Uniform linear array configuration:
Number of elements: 4
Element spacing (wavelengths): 0.75
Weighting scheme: exponential
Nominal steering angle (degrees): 30
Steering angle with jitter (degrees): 30.305
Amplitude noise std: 0.05
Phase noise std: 0.05

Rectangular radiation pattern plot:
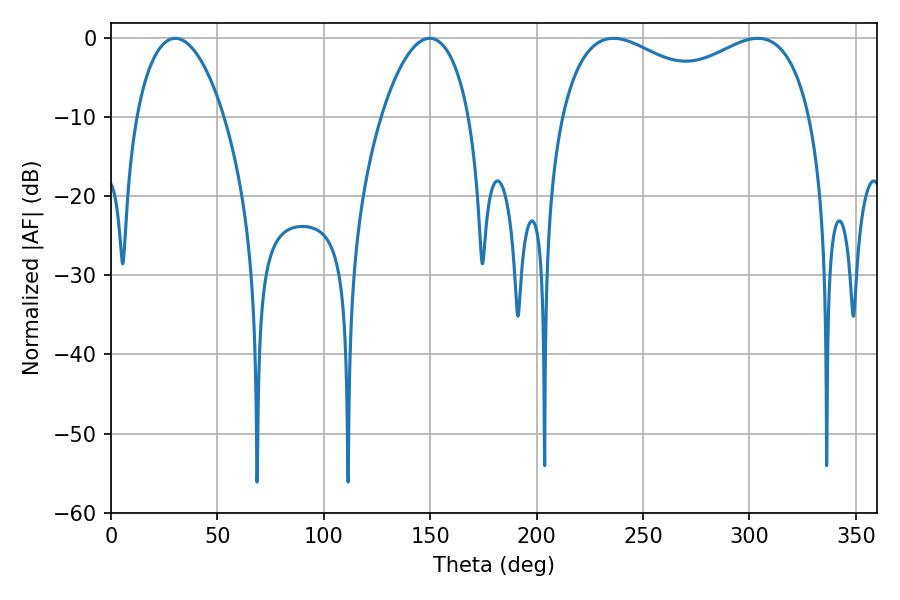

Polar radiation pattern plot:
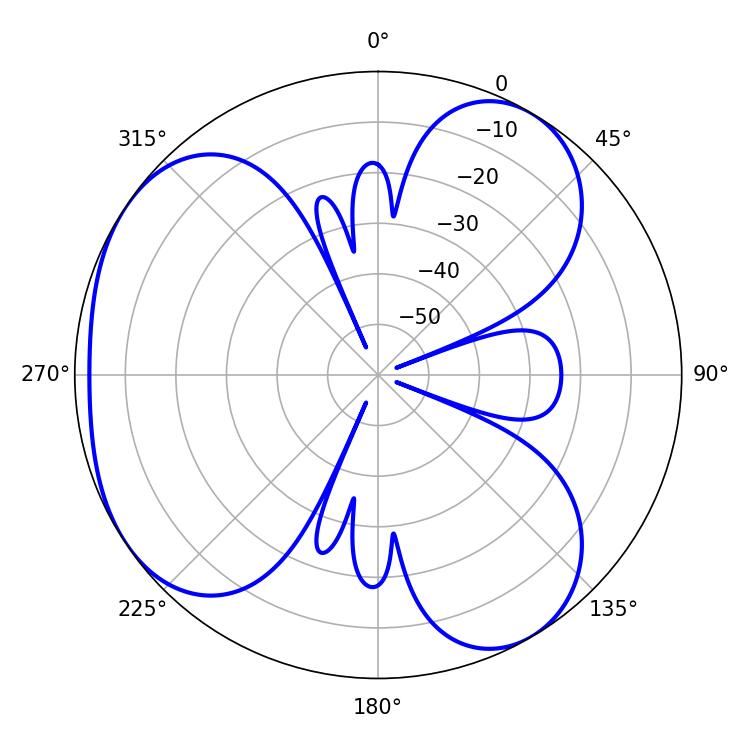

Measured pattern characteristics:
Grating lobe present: TRUE
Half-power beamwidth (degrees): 23.22
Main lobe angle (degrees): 30.24